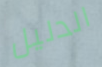
الدليل